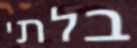
בלתי